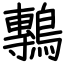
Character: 鷒